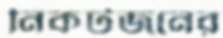
নিকটজনের